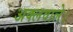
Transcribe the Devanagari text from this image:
अक्लवाले।